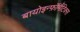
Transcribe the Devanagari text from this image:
बायोइन्फ़ॉर्मैटिक्स